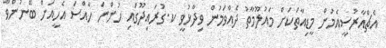
އެޗްއާރުސީއެމުން މީޑިއާތަކަށް މައުލޫމާތު ދެއްވަމުން ވިދާޅުވީ ކ.ގުރައިދޫގައި ހުންނަ ހާއްސަ އެހީއަށް ބޭނުންވާ